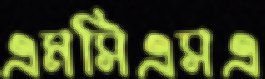
এমসিএসএ